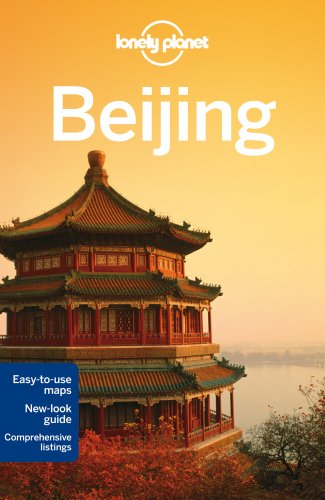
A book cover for Lonely Planet Beijing (Travel Guide); Lonely Planet; Travel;